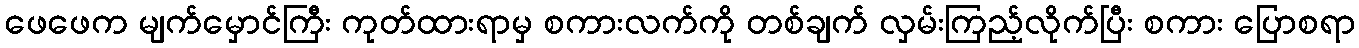
ဖေဖေက မျက်မှောင်ကြီး ကုတ်ထားရာမှ စကားလက်ကို တစ်ချက် လှမ်းကြည့်လိုက်ပြီး စကား ပြောစရာ